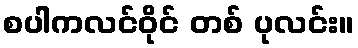
စပါကလင်ဝိုင် တစ် ပုလင်း။